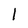
Character: 1